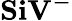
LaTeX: \mathrm{\mathbf{SiV^{-}}}